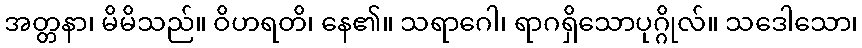
အတ္တနာ၊ မိမိသည်။ ဝိဟရတိ၊ နေ၏။ သရာဂေါ၊ ရာဂရှိသောပုဂ္ဂိုလ်။ သဒေါသော၊